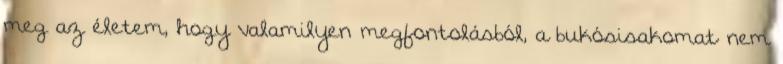
meg az életem, hogy valamilyen megfontolásból, a bukósisakomat nem